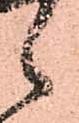
之